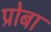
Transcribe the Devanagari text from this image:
प्रोबा